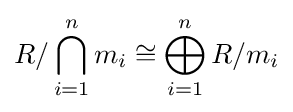
R/\bigcap _{i=1}^{n}m_{i}\cong \bigoplus _{i=1}^{n}R/m_{i}